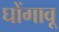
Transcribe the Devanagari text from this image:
घोंगावू